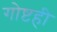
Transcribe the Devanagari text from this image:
गोष्टही